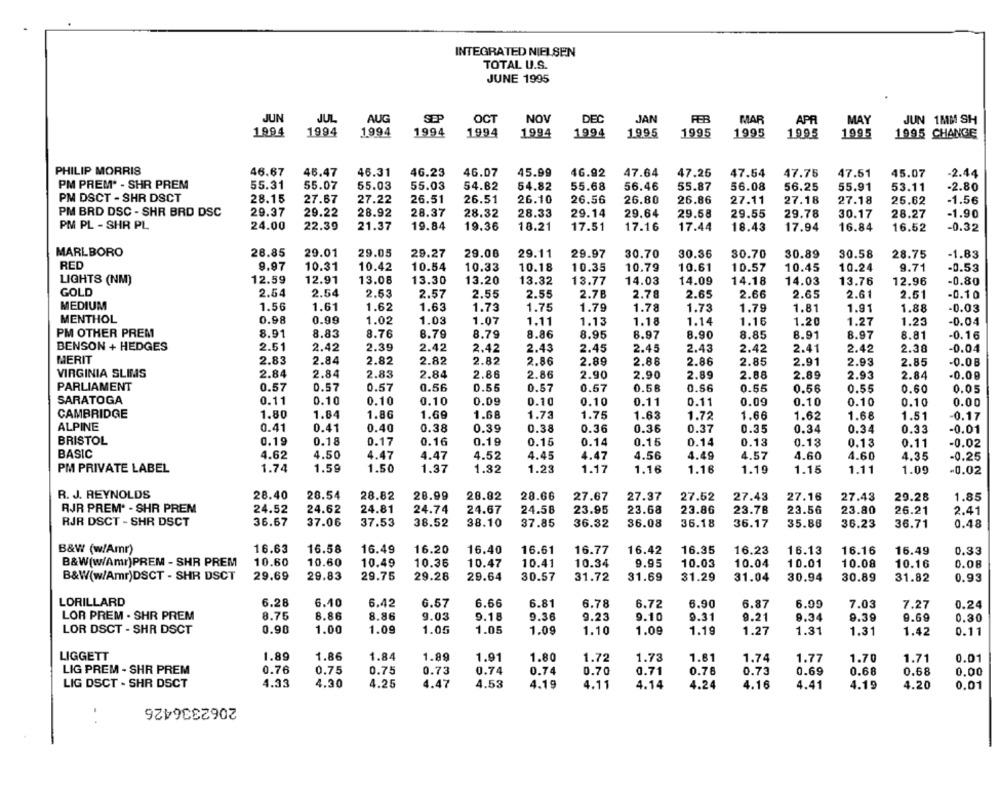
INTEGRATED NIELSEN
TOTAL U.S.
JUNE 1995
JUN
JUL
AUG
SEP
OCT
NOV
DEC
JAN
FER
MAR
APR
MAY
JUN 1MM SH
1994
1994
1994
1994
1994
1994
1994
1995
1995
1995
1995
1995
1995 CHANGE
PHILIP MORRIS
46.67
45.47
46.31
46.23
46.07
45.99
46.92
47.64
47.25
47.54
47.75
47.51
45.07
-2.44
PM PREM' - SHR PREM
55.31
55.07
55.03
55.03
54.82
54.82
55.68
56.46
55.87
56.08
56.25
55.91
53.11
-2.80
PM DSCT - SHR DSCT
28.15
27.67
26.51
26.51
27.22
26.10
26.56
26.80
26.86
27.11
27.18
27.18
25.62
-1.56
PM BRD DSC - SHR BRD DSC
29.37
29.22
28.92
28.37
28.32
28.33
29.14
29.64
29.58
29.55
29.78
30.17
28.27
-1.90
PM PL - SHR PL
24.00
22.39
21.37
19.84
19.36
18.21
17.51
17.16
17.44
18.43
17.94
16.84
16.52
-0.32
MARLBORO
28.85
29.01
29.05
29.27
29.08
29.11
29.97
30.36
30.70
30.89
30.58
28.75
30.70
-1.83
RED
9.97
10.31
10.42
10.54
10.33
10.18
10.35
10.79
10.61
10.57
10.45
10.24
9.71
-0.53
LIGHTS (NM)
12.59
12.91
13.08
13.30
13.20
13.32
13.77
14.03
14.09
14.18
14.03
13.76
12.96
-0.80
GOLD
2.54
2.54
2.53
2.57
2.55
2.55
2.78
2.78
2.65
2.65
2.61
-0.10
2.66
2.51
MEDIUM
1.56
1.61
1.62
1.63
1.73
1.75
1.79
1.78
1.73
1.79
1.81
1.91
1.88
-0.03
MENTHOL
0.98
0.99
1.02
1.03
1.07
1.11
1.13
1.18
1.14
1.16
1.20
1.27
1.23
-0.04
PM OTHER PREM
8.91
8.83
8.76
8.79
8.79
8.86
8.95
6.97
8.90
8.85
8.91
8.97
8.81
-0.16
BENSON + HEDGES
2.51
2.42
2.39
2.42
2.42
2.43
2.45
2.45
2.43
2.42
2.41
2.42
2.30
-0.04
MERIT
2.83
2.84
2.82
2.82
2.82
2.86
2.89
2.86
2.86
2.85
2.91
2.93
2.85
-0.08
2.84
2.84
VIRGINIA SLIMS
2.83
2.84
2.86
2.86
2.90
2.90
2.89
2.88
2.89
2.93
2.84
-0.09
PARLIAMENT
0.57
0.57
0.57
0.56
0.55
0.57
0.67
0.58
0.56
0.55
0.56
0.55
0.60
0.05
SARATOGA
0.11
0.10
0.10
0.10
0.09
0.10
0.10
0.11
0.11
0.09
0.10
0.10
0.10
0.00
CAMBRIDGE
1.80
1.64
1.86
1.69
1.68
1.73
1.75
1.63
1.72
1.66
1.62
1.68
1.51
-0.17
ALPINE
0.41
0.41
0.40
0.38
0.39
0.38
0.37
0.36
0.36
0.35
0.34
0.34
0.33
-0.01
BRISTOL
0.19
0.18
0.17
0.16
0.19
0.15
0.14
0.15
0.14
0.13
0.13
0.13
0.11
-0.02
BASIC
4.62
4.50
4.47
4.47
4.52
4.45
4.47
4.56
4.49
4.57
4.60
4.60
4.35
-0.25
1.74
PM PRIVATE LABEL
1.59
1.50
1.37
1.32
1.23
1.17
1.16
1.16
1.19
1.15
1.11
1.09
-0.02
R. J. REYNOLDS
28.40
28.54
28.82
28.99
28.82
28.66
27.67
27.37
27.52
27.43
27.16
27.43
29.28
1.85
RJR PREM* - SHR PREM
24.52
24.62
24.81
24.74
24.67
24.58
23.95
23.68
23.86
23.78
23.56
23.80
26.21
2.41
RJR DSCT - SHR DSCT
36.67
37.06
37.53
38.10
36.08
36.18
0.48
38.52
37.85
36.32
36.17
35.86
36.23
36.71
B&W (w/Amr)
16.63
16.58
16.49
16.20
16.40
16.61
16.77
16.42
16.35
16.23
16.13
16.16
16.49
0.33
B&W(w/Amr)PREM - SHR PREM
10.60
10.60
10.49
10.36
10.41
10.34
9.95
10.04
10.01
10.08
10.16
0.08
10.47
10.03
B&W(w/Amr)DSCT - SHR DSCT
29.69
29.83
29.75
29.28
29.64
30.57
31.72
31.69
31.29
31.04
30.94
30.89
31.82
0.93
LORILLARD
6.28
6.40
6.42
6.57
6.66
6.81
6.78
6.72
6.90
6.87
6.09
7.03
7.27
0.24
LOR PREM . SHR PREM
8.75
8.86
8.86
9.03
9.18
9.36
9.23
9.10
9.31
9.21
9.34
9.39
9.69
0.30
LOR DSCT - SHR DSCT
0.90
1.00
1.09
1.05
1.05
1.09
1.10
1.09
1.19
1.27
1.31
1.31
1.42
0.11
LIGGETT
1.89
1.86
1.84
1.89
1.91
1.80
1.72
1.73
1.61
1.74
1.77
1.70
1.71
0.01
LIG PREM - SHR PREM
0.76
0.75
0.75
0.73
0.74
0.74
0.70
0.71
0.78
0.73
0.69
0.68
0.68
0.00
LIG DSCT - SHR DSCT
4.33
4.30
4.25
4.47
4.53
4.19
4.11
4.14
4.24
4.16
4.41
4.19
4.20
0.01
2062336426